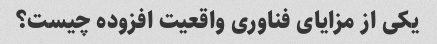
یکی از مزایای فناوری واقعیت افزوده چیست؟